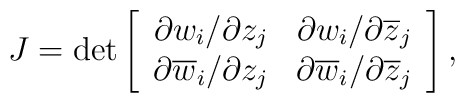
J = \det \left[ \begin{array}{cc} \partial w_{i}/\partial z_{j} &      \partial w_{i}/\partial \overline{z}_{j} \\ \partial \overline{w}_{i}/\partial z_{j} &      \partial \overline{w}_{i}/\partial \overline{z}_{j}      \end{array} \right],